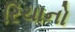
રિચાનો